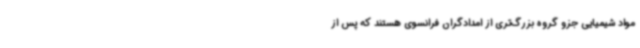
مواد شیمیایی جزو گروه بزرگ‌تری از امدادگران فرانسوی هستند که پس از